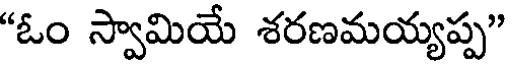
"ఓం స్వామియే శరణమయ్యప్ప"